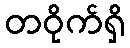
တဝိုက်ရှိ